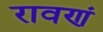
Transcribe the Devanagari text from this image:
रावणं